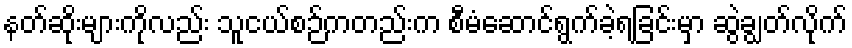
နတ်ဆိုးများကိုလည်း သူငယ်စဉ်ကတည်းက စီမံဆောင်ရွက်ခဲ့ရခြင်းမှာ ဆွဲချွတ်လိုက်